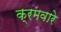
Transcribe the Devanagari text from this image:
क्रमवारे